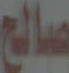
صالح